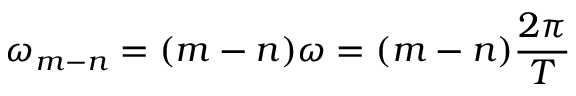
\omega _ { m - n } = ( m - n ) \omega = ( m - n ) \frac { 2 \pi } { T }